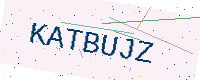
Text: KATBUJZ